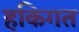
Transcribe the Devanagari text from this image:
हकिगत